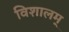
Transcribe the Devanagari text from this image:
विशालम्